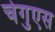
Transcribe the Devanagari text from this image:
चेगुएस